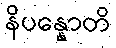
နိပန္နောတိ